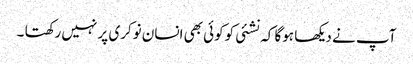
آپ نے دیکھا ہوگا کہ نشئی کوکوئی بھی انسان نوکری پر نہیں رکھتا ۔